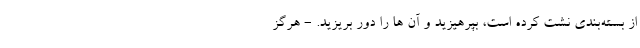
از بسته‌بندی نشت کرده است، بپرهیزید و آن ها را دور بریزید. - هرگز